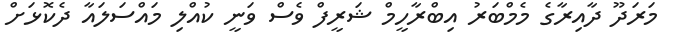
މަރަދޫ ދާއިރާގެ މެމްބަރު އިބްރާހީމް ޝަރީފް ވެސް ވަނީ ކުއްލި މައްސަލައާ ދެކޮޅަށް